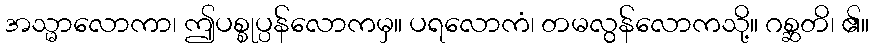
အသ္မာလောကာ၊ ဤပစ္စုပ္ပန်လောကမှ။ ပရလောကံ၊ တမလွန်လောကသို့။ ဂစ္ဆတိ၊ ၏။